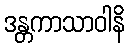
ဒန္တကာသာဝါနိ